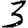
Digit: 3